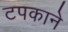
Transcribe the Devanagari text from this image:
टपकाने